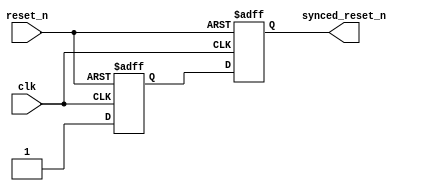
// This code is based on the Synchronized Asynchronous Reset from:
//  Quartus II Handbook Version 13.0
//  Volume 1: Design and Synthesis
//  Chapter 13: Recommended Design Practices
//  Figure 13-20 & Example 13-11

module sync_async_reset 
  (
   input  clk,
   input  reset_n,
   output synced_reset_n
  );
   
   reg    reg3, reg4;
   
   assign synced_reset_n = reg4;
   
   always @ (posedge clk, negedge reset_n)
     begin
        if (!reset_n)
          begin
             reg3 <= 1'b0;
             reg4 <= 1'b0;
          end
        else
          begin
             reg3 <= 1'b1;
             reg4 <= reg3;
          end
     end 
   
endmodule